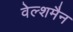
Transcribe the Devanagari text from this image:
वेल्शमैन